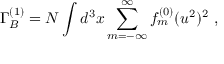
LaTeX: \Gamma _ { B } ^ { ( 1 ) } = N \int d ^ { 3 } x \sum _ { m = - \infty } ^ { \infty } f _ { m } ^ { ( 0 ) } ( u ^ { 2 } ) ^ { 2 } \ ,